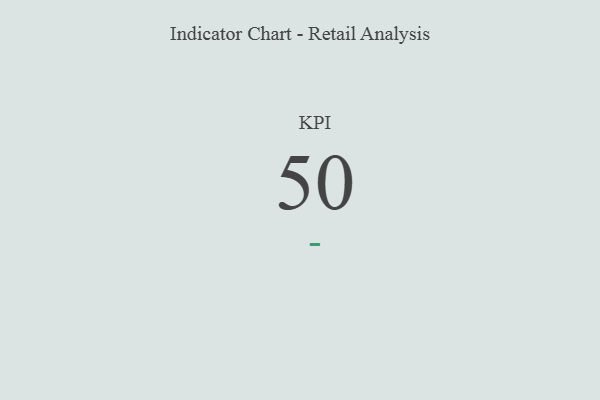
{"axis": {"x": "KPI", "y": "Value"}, "legend": [""], "data": [{"x": "KPI", "y": 50, "type": ""}]}